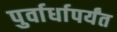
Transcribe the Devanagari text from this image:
पुर्वार्धापर्यंत